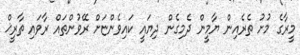
މީރާގެ މުށު ތެރެއިން ޔާމީން ދެމިގެން ދިޔައީ ކައިވެންޏަށް ރޭވުންތައް ރާވައި ތާރީޚް